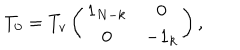
T _ { 0 } = T _ { v } \left( \begin{matrix} { { 1 _ { N - k } } } & { { 0 } } \\ { { 0 } } & { { - 1 _ { k } } } \\ \end{matrix} \right) ,